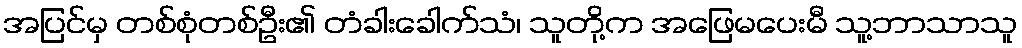
အပြင်မှ တစ်စုံတစ်ဦး၏ တံခါးခေါက်သံ၊ သူတို့က အဖြေမပေးမီ သူ့ဘာသာသူ